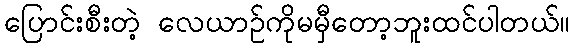
ပြောင်းစီးတဲ့ လေယာဉ်ကိုမမှီတော့ဘူးထင်ပါတယ်။